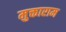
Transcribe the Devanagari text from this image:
मुक्ताराम